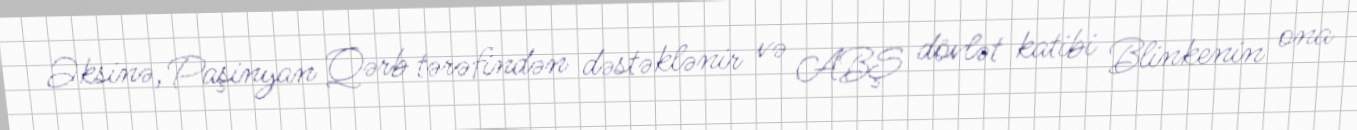
Əksinə, Paşinyan Qərb tərəfindən dəstəklənir və ABŞ dövlət katibi Blinkenin ona